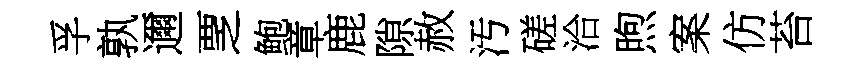
孚孰邇覂鲍章鹿隙赦汚磋洽煦案仿苔